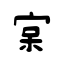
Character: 宲